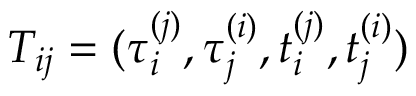
T _ { i j } = ( \tau _ { i } ^ { ( j ) } , \tau _ { j } ^ { ( i ) } , t _ { i } ^ { ( j ) } , t _ { j } ^ { ( i ) } )